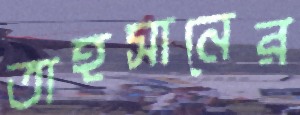
তাহসানের